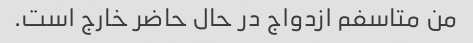
من متاسفم ازدواج در حال حاضر خارج است.